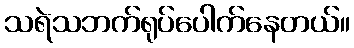
သရဲသဘက်ရုပ်ပေါက်နေတယ်။